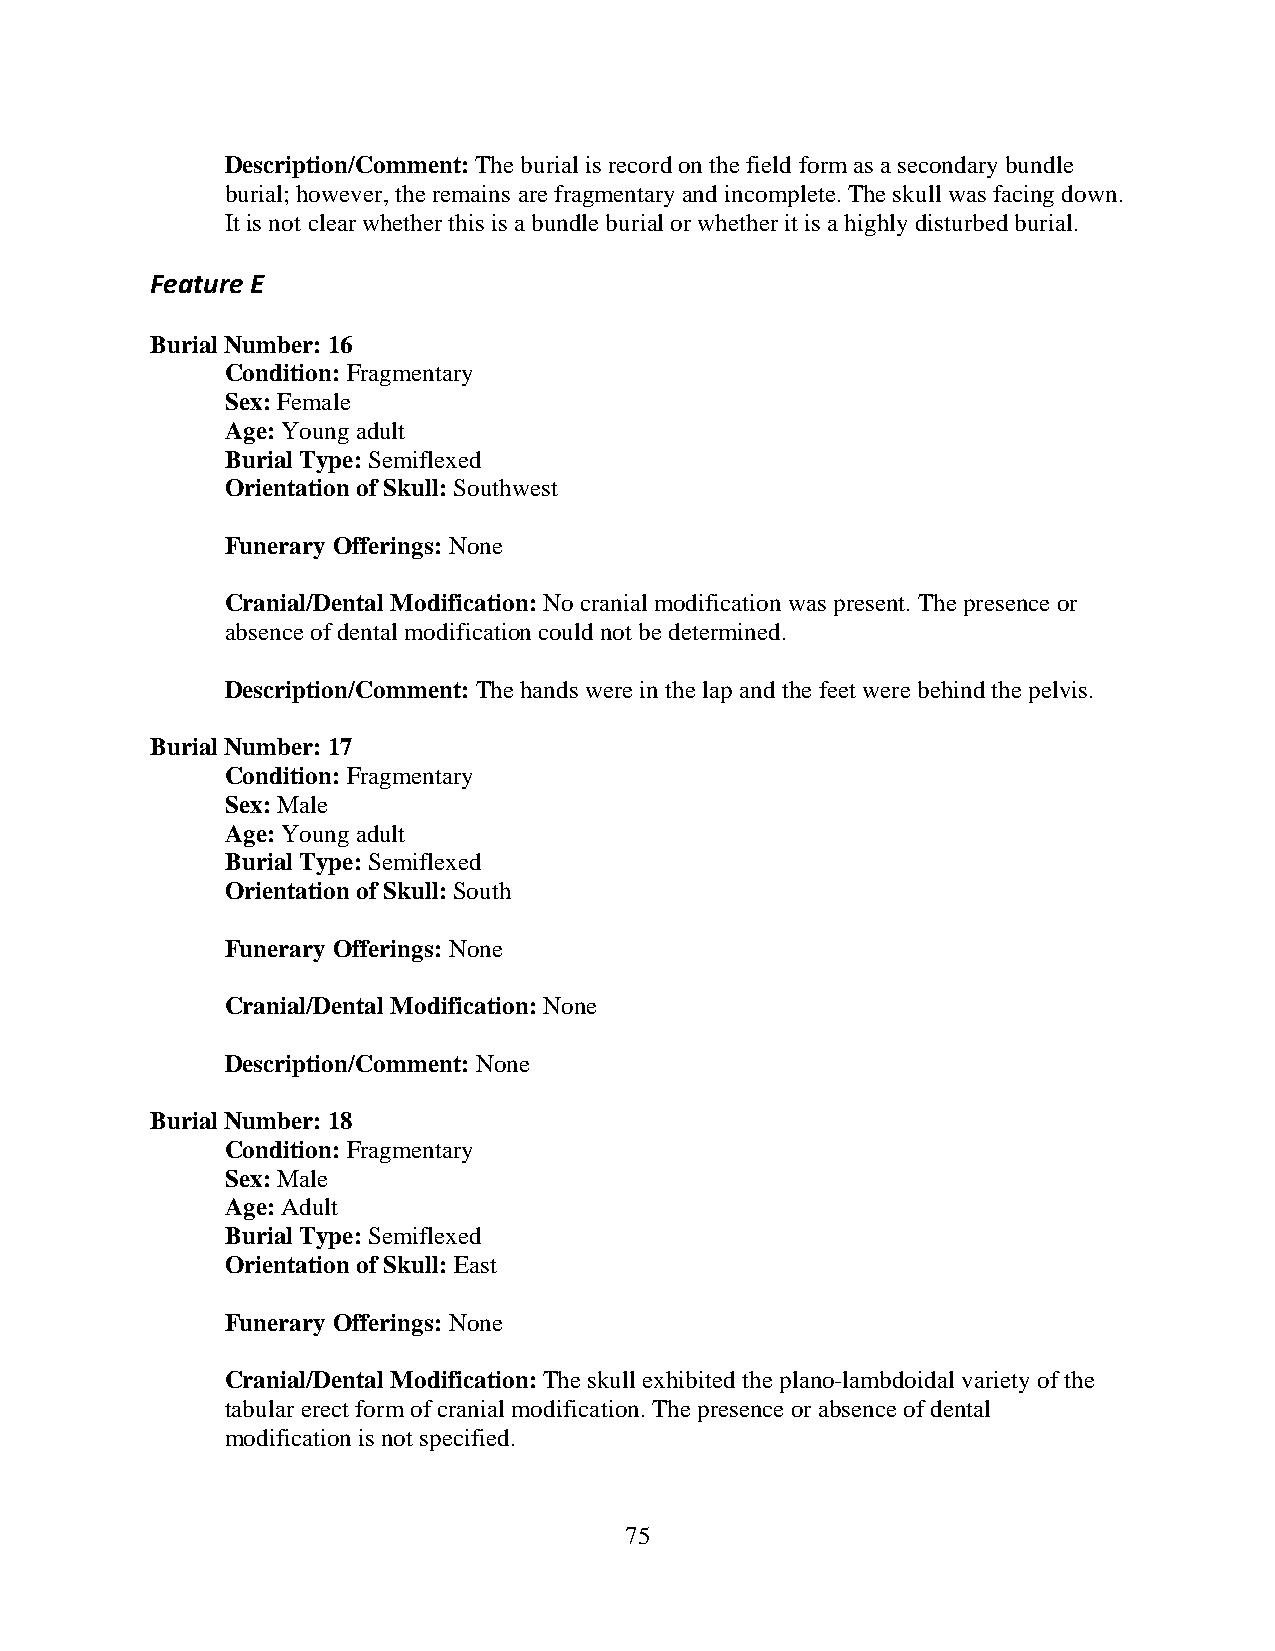
Description/Comment: The burial is record on the field form as a secondary bundle
 burial; however, the remains are fragmentary and incomplete. The skull was facing down.
 It is not clear whether this is a bundle burial or whether it is a highly disturbed burial.
 Feature E
 Burial Number: 16
 Condition: Fragmentary
 Sex: Female
 Age: Young adult
 Burial Type: Semiflexed
 Orientation of Skull: Southwest
 Funerary Offerings: None
 Cranial/Dental Modification: No cranial modification was present. The presence or
 absence of dental modification could not be determined.
 Description/Comment: The hands were in the lap and the feet were behind the pelvis.
 Burial Number: 17
 Condition: Fragmentary
 Sex: Male
 Age: Young adult
 Burial Type: Semiflexed
 Orientation of Skull: South
 Funerary Offerings: None
 Cranial/Dental Modification: None
 Description/Comment: None
 Burial Number: 18
 Condition: Fragmentary
 Sex: Male
 Age: Adult
 Burial Type: Semiflexed
 Orientation of Skull: East
 Funerary Offerings: None
 Cranial/Dental Modification: The skull exhibited the plano-lambdoidal variety of the
 tabular erect form of cranial modification. The presence or absence of dental
 modification is not specified.
 75